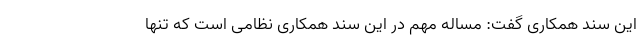
این سند همکاری گفت:‌ مساله‌ مهم در این سند همکاری نظامی است که تنها